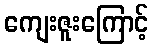
ကျေးဇူးကြောင့်